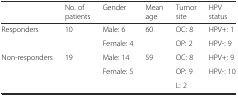
<table><thead><tr><td></td><td><b>No. of patients</b></td><td><b>Gender</b></td><td><b>Mean age</b></td><td><b>Tumor site</b></td><td><b>HPV status</b></td></tr></thead><tbody><tr><td>Responders</td><td>10</td><td>Male: 6</td><td>60</td><td>OC: 8</td><td>HPV+: 1</td></tr><tr><td></td><td></td><td>Female: 4</td><td></td><td>OP: 2</td><td>HPV-: 9</td></tr><tr><td>Non-responders</td><td>19</td><td>Male: 14</td><td>59</td><td>OC: 8</td><td>HPV+: 9</td></tr><tr><td></td><td></td><td>Female: 5</td><td></td><td>OP: 9</td><td>HPV-: 10</td></tr><tr><td></td><td></td><td></td><td></td><td>L: 2</td><td></td></tr></tbody></table>